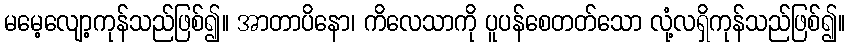
မမေ့လျော့ကုန်သည်ဖြစ်၍။ အာတာပိနော၊ ကိလေသာကို ပူပန်စေတတ်သော လုံ့လရှိကုန်သည်ဖြစ်၍။